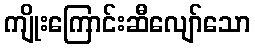
ကျိုးကြောင်းဆီလျော်သော